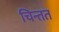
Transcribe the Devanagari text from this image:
चिन्तत